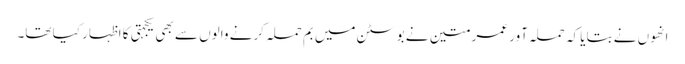
انھوں نے بتایا کہ حملہ آور عمر متین نے بوسٹن میں بم حملہ کرنے والوں سے بھی یکجہتی کا اظہار کیا تھا۔